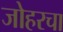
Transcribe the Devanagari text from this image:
जोहरचा